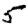
Digit: 5